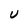
Character: U